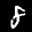
Label: 8